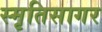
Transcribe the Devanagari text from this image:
स्मृतिसागर